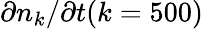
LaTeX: \partial n_{k}/\partial t(k=500)